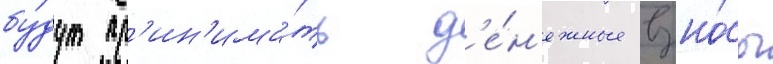
бу́дут пр'ин'има́ть д'е́н'ежные взно́сы